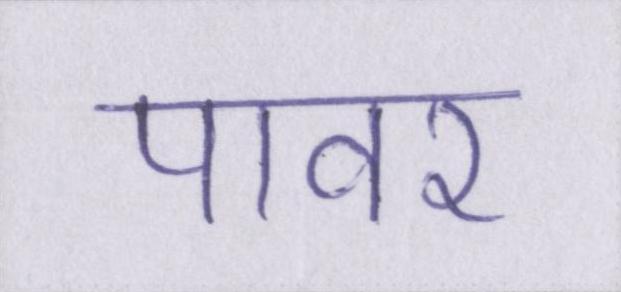
पावर